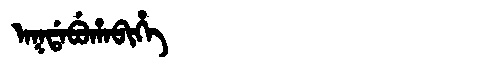
Manchu: ᠠᡴᡩᠠᠪᡠᡥᠠᠪᡳᡥᡝ
Romanization: AKDABUHABIHE